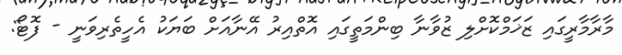
މާރާމާރީގައި ޒަޚަމްކޮށްލި ޒުވާނާ ބިންމަތީގައި އޮތްއިރު އޭނާއަށް ބަޔަކު އެހީތެރިވަނީ - ފޮޓޯ: